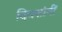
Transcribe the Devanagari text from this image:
दिवसांनीं